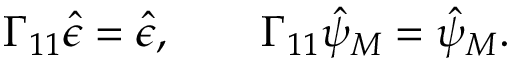
\Gamma _ { 1 1 } \hat { \epsilon } = \hat { \epsilon } , \qquad \Gamma _ { 1 1 } \hat { \psi } _ { M } = \hat { \psi } _ { M } .